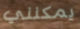
يمكنني